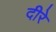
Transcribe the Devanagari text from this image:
दीरे